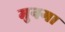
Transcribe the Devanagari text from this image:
मुनगा